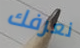
نعرفك